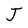
Character: J